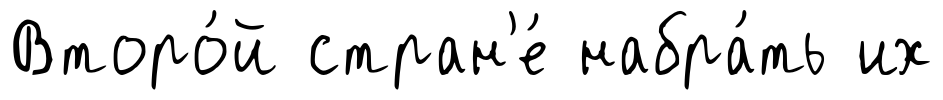
Второ́й стран'е́ набра́ть их